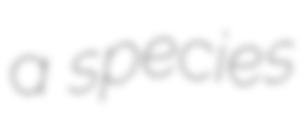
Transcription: a species